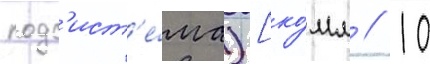
подс'ист'е́ма) [ко́мм // 10